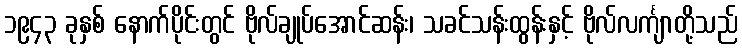
၁၉၄၃ ခုနှစ် နောက်ပိုင်းတွင် ဗိုလ်ချုပ်အောင်ဆန်း၊ သခင်သန်းထွန်းနှင့် ဗိုလ်လင်္ကျာတို့သည်